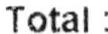
TOTAL: